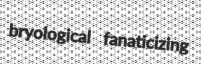
bryological fanaticizing